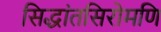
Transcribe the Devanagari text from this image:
सिद्धांतसिरोमणि